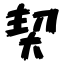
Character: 契